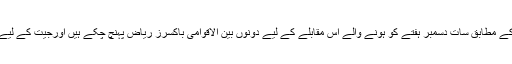
عرب نیوز کے مطابق سات دسمبر ہفتے کو ہونے والے اس مقابلے کے لیے دونوں بین الاقوامی باکسرز ریاض پہنچ چکے ہیں اورجیت کے لیے پرعزم ہیں۔